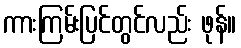
ကားကြမ်းပြင်တွင်လည်း ဖုန်။